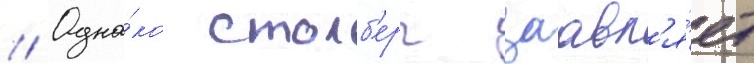
// Одна́ко столб'ерг заавл'я́ет